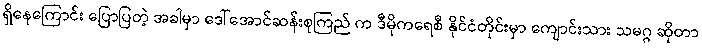
ရှိနေကြောင်း ပြောပြတဲ့ အခါမှာ ဒေါ်အောင်ဆန်းစုကြည် က ဒီမိုကရေစီ နိုင်ငံတိုင်းမှာ ကျောင်းသား သမဂ္ဂ ဆိုတာ